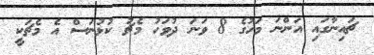
ޗައިނާގައި އަންނަ މަހުގެ 8 ވަނަ ދުވަހު މެޗު ކުޅުނަސް އެ މެޗަކީ